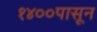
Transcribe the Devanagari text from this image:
१४००पासून